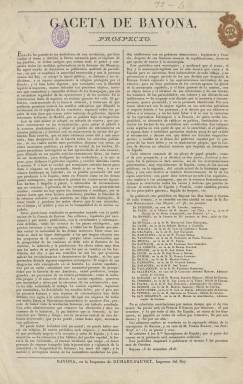
Título: Gaceta de Bayona
Colección: Periódicos anteriores a 1850
Ámbito geográfico: Francia
Lugar de publicación: Bayona
Fechas: 01/01/1828-16/08/1830

Con el subtítulo “periódico político, literario e industrial”, será publicada en esta ciudad del sur de Francia entre el tres de octubre de 1828 y 16 de agosto de 1830, como órgano oficioso de propaganda del sector reformista del Gobierno español encabezado por su ministro de Hacienda, Luis López Ballesteros (1782-1853). Periódicos con similares objetivos fueron también editados en Nueva York -El Redactor (1828-1833)- y Londres -Semanario de agricultura y artes (1829-1831). A través de ellos el sector moderado del absolutismo fernandino quiso ofrecer la imagen de una España en transformación y crecimiento, pero bajo un absolutismo ilustrado puesto al día frente a un sector aún más ultrarrealista (María Cruz Seoane: 1983, y Juan Bautista Vilar: 1996). Asimismo, para enfrentarse a esta Gaceta se publicó también el liberal Le Courrier de Bayonne et de la péninsule (1829-1830).

La Gaceta de Bayona fue dirigida por Alberto Lista (1775-1848), a la que originariamente había querido darle el título Courrier politique et littéraire d’Espagne. Contará con la colaboración de Sebastián Miñano (1779-1845), y desde Madrid, de Félix José Reinoso (1772-1841), que desde 1827 a 1829 fue también el principal redactor de la Gaceta de Madrid. Tres antiguos clérigos afrancesados que habían formado parte de la denominada escuela sevillana, a los que se suma en Francia Antonio Juanes, como segundo redactor, que será sustituido por José María Ruiz Pérez, y, en Madrid, Manuel García Doncel, Gregorio González Azaola y José Gómez Hermosilla, entre otros. Elías Lanza escribirá como corresponsal en París.

Será un periódico que aparecerá dos veces a la semana, de cuatro páginas por número, compuesto a dos columnas, que aumentará su formato a partir del uno de enero de 1830, componiéndose a partir de entonces a tres columnas e insertando un grabado en su cabecera. Lo estampa Duchart-Fauvet, que se denomina impresor del Rey, apareciendo Joseph V. Casebonne como gerente responsable, en cumplimiento de la ley francesa de prensa.

Publica noticias de España, de Francia, de América y de Oriente, principalmente recogidas de otros periódicos, tiene una sección de Variedades, introducirá otra de Modas a partir de enero de 1830, publicará artículos comunicados o remitidos, y al final ofrece información de Bolsa, Cambios y Precios de artículos de comercio. Lista será el principal autor de sus artículos políticos y económicos. Miñano también publicará artículos de este carácter y Reinoso, al igual que Lista, otros literarios.

Tuvo una amplia difusión, alcanzando una tirada –muy importante para la época- de hasta 6.000 ejemplares, distribuyéndose principalmente en España, y, además de en Francia, en Portugal.

La colección de la Gaceta cuenta con el Prospecto del 15 de septiembre de 1828, y dejará de publicarse obligada por las circunstancias tras la Revolución de Julio, pasando sus redactores a publicar, desde el uno de noviembre de 1830 al once de julio de 1831 La Estafeta de San Sebastián, con iguales características y objetivos, estampada en la Imprenta de Ignacio Ramón Baroja.

Además de la citada, la principal bibliografía de referencia para este título y sus artífices son los trabajos de Juretschke (1951), Marrast (1966), Elichirigoity (1966), Fernández Sebastián (1991), López Tabar (2001) o Romero Tobar (2009).